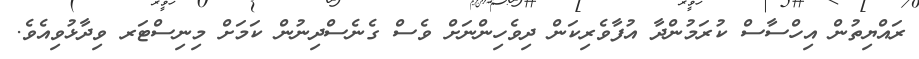
ރައްޔިތުން އިހްސާސް ކުރަމުންދާ އުފާވެރިކަން ދިވެހިންނަށް ވެސް ގެނެސްދިނުން ކަމަށް މިނިސްޓަރ ވިދާޅުވިއެވެ.